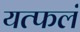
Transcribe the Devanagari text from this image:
यत्फलं